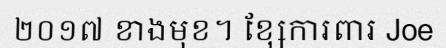
២០១៧ ខាងមុខ។ ខ្សែការពារ Joe